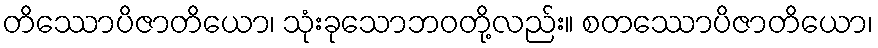
တိဿောပိဇာတိယော၊ သုံးခုသောဘဝတို့လည်း။ စတဿောပိဇာတိယော၊